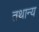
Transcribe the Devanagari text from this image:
तथान्य